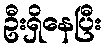
ဦးရှိနေပြီး